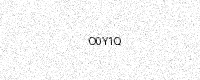
Text: O0Y1Q